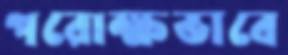
পরোক্ষভাবে